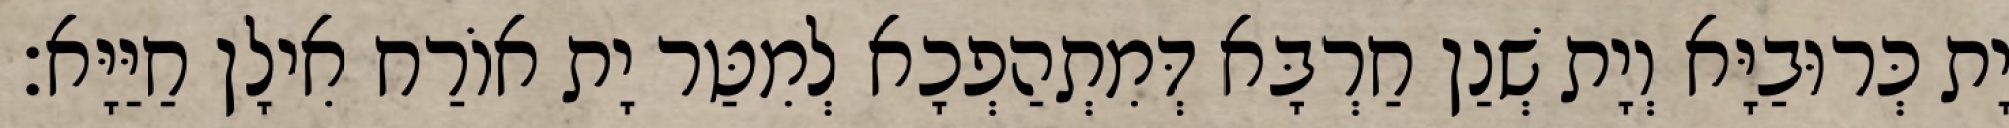
יָת כְּרוּבַיָּא וְיָת שְׁנַן חַרְבָּא דְּמִתְהַפְכָא לְמִטַּר יָת אוֹרַח אִילָן חַיַּיָּא׃